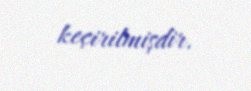
keçirilmişdir.